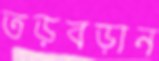
তড়বড়ান